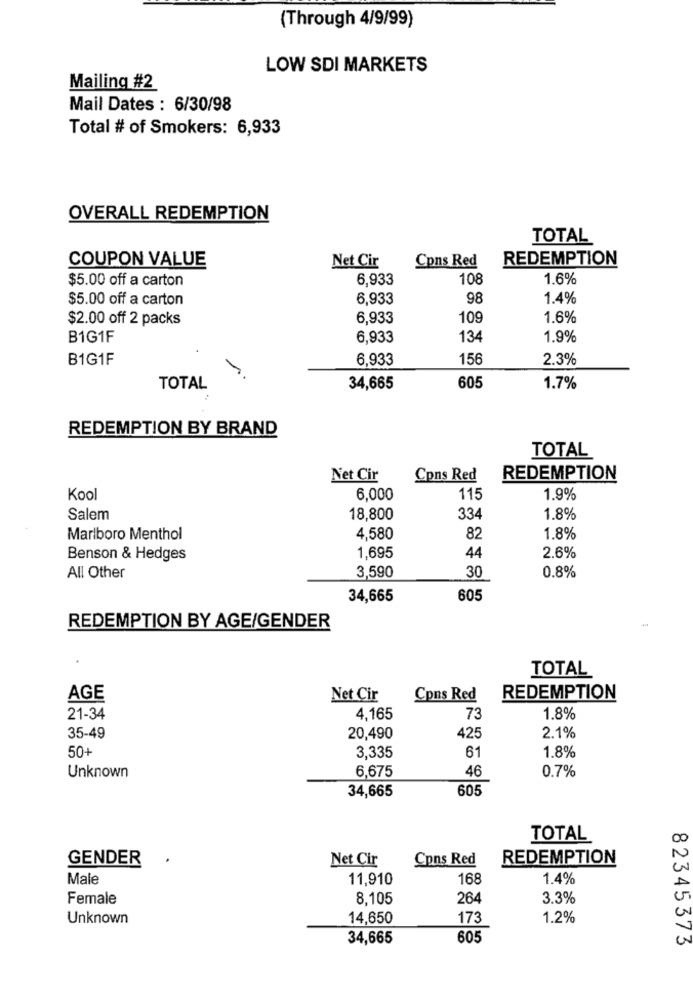
(Through 4/9/99)
LOW SDI MARKETS
Mailing #2
Mail Dates : 6/30/98
Total # of Smokers: 6,933
OVERALL REDEMPTION
TOTAL
COUPON VALUE
Cons Red
REDEMPTION
Net Cir
$5.00 off a carton
6,933
108
1.6%
$5.00 off a carton
6,933
98
1.4%
$2.00 off 2 packs
6,933
109
1.6%
B1G1F
6,933
134
1.9%
B1G1F
6,933
156
2.3%
TOTAL
34,665
605
1.7%
REDEMPTION BY BRAND
TOTAL
Net Cir
Cons Red
REDEMPTION
Kool
6,000
115
1.9%
Salem
18,800
334
1.8%
Marlboro Menthol
4,580
82
1.8%
Benson & Hedges
1,695
44
2.6%
3,590
30
0.8%
All Other
34,665
605
REDEMPTION BY AGE/GENDER
TOTAL
AGE
Net Cir
Cons Red
REDEMPTION
21-34
4.165
73
1.8%
35-49
20,490
425
2.1%
50+
3,335
61
1.8%
6,675
46
0.7%
Unknown
34,665
605
TOTAL
GENDER
Net Cir
Cpns Red
REDEMPTION
Male
11,910
168
1.4%
Female
8,105
264
3.3%
Unknown
14,650
173
1.2%
34,665
605
82345373